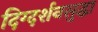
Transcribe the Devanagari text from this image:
दिग्दर्शनसुद्धा